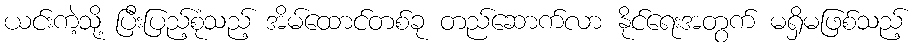
ယင်းကဲ့သို့ ပြီးပြည့်စုံသည့် အိမ်ထောင်တစ်ခု တည်ဆောက်လာ နိုင်ရေးအတွက် မရှိမဖြစ်သည့်